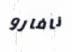
نافارو